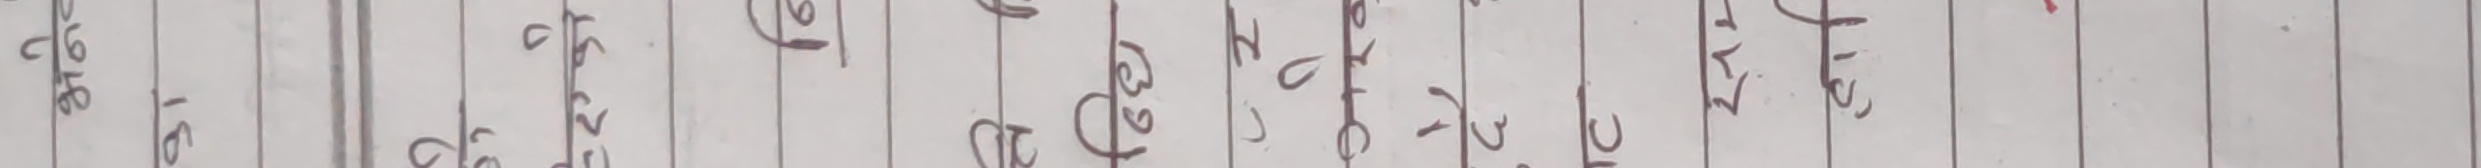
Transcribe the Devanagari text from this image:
५६ १४ ५२ ६१ ३७ ३९ ५८ ३६ २८ ६७ ४५ ५१ ५० ५३